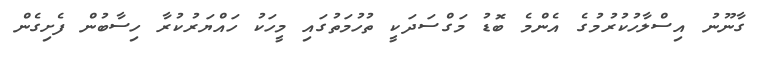
ގާނޫނު އިސްލާހުކުރުމުގެ އެންމެ ބޮޑު މަގްސަދަކީ ތުހުމަތުގައި މީހަކު ހައްޔަރުކުރާ ހިސާބުން ފެށިގެން